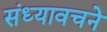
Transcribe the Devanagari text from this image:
संध्यावचने